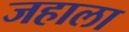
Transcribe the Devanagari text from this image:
जहाला